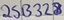
Text: 2SV328